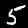
Digit: 5